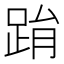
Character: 𨀮